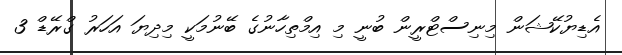
އެޑިޔުކޭޝަން މިނިސްޓްރީން ބުނީ މި އިމްތިހާނުގެ ބޭނުމަކީ މިދިޔަ އަހަރު ގްރޭޑް 3